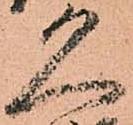
久